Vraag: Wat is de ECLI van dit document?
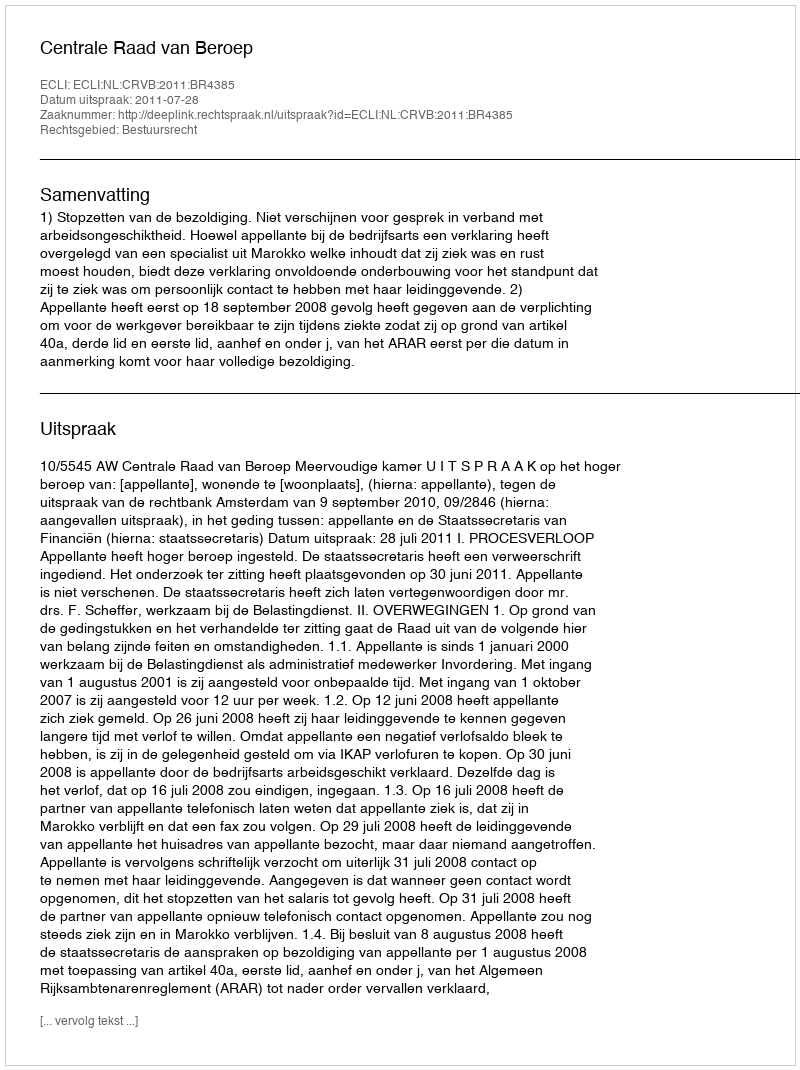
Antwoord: ECLI:NL:CRVB:2011:BR4385